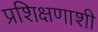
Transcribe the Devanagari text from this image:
प्रशिक्षणाशी